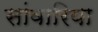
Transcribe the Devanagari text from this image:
सांवारिया